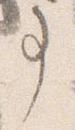
事